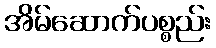
အိမ်ဆောက်ပစ္စည်း